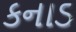
કનાડ